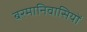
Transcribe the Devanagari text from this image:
बरमानिवासियों